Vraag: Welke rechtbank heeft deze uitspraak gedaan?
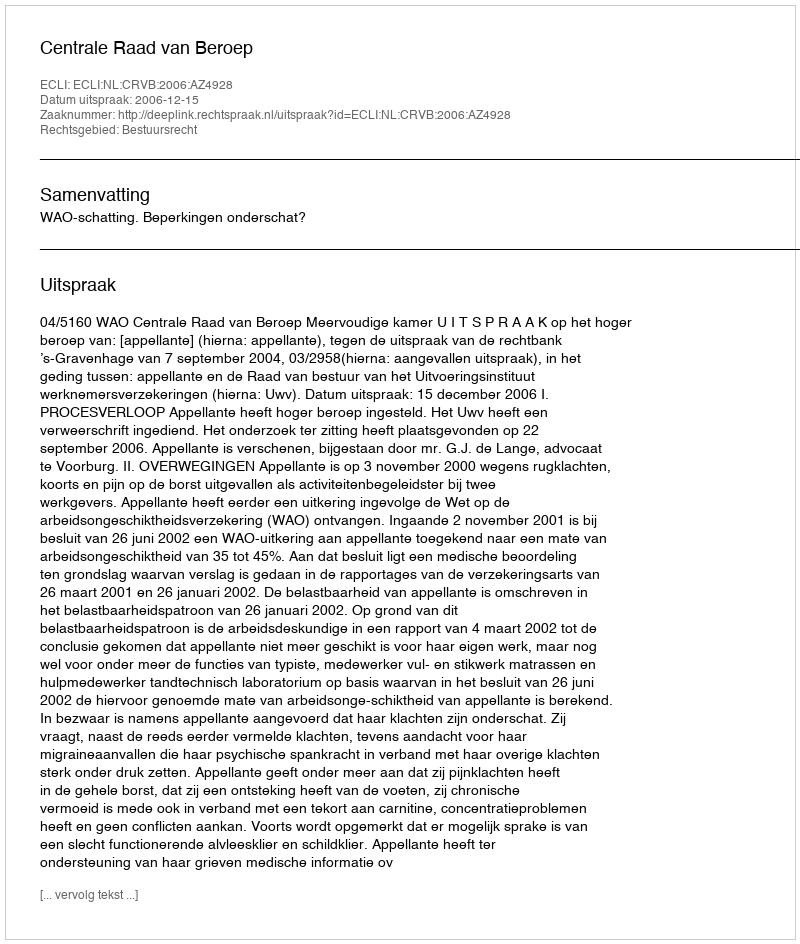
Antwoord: Centrale Raad van Beroep